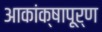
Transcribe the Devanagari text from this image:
आकांक्षापूर्ण